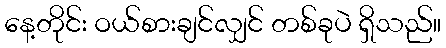
နေ့တိုင်း ဝယ်စားချင်လျှင် တစ်ခုပဲ ရှိသည်။